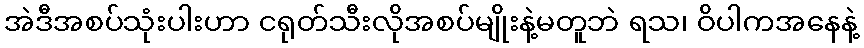
အဲဒီအစပ်သုံးပါးဟာ ငရုတ်သီးလိုအစပ်မျိုးနဲ့မတူဘဲ ရသ၊ ဝိပါကအနေနဲ့